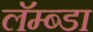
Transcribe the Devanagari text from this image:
लॅम्ब्डा